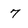
Character: 7